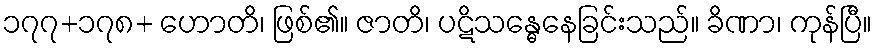
၁၇၇+၁၇၈+ ဟောတိ၊ ဖြစ်၏။ ဇာတိ၊ ပဋိသန္ဓေနေခြင်းသည်။ ခိဏာ၊ ကုန်ပြီ။